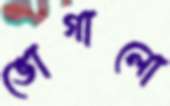
ভোগালো